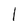
Character: 1